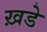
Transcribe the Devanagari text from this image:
ख़डे